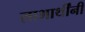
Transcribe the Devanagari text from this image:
लाभार्थींनी